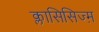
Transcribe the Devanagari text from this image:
क्लासिसिज्म़